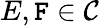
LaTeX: E,\mathtt{F}\in{\mathcal{{C}}}